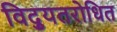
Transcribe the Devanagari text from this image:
विद्युतरोधित